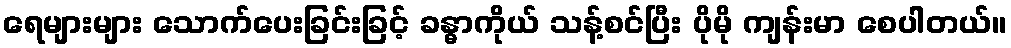
ရေများများ သောက်ပေးခြင်းခြင့် ခန္ဓာကိုယ် သန့်စင်ပြီး ပိုမို ကျန်းမာ စေပါတယ်။